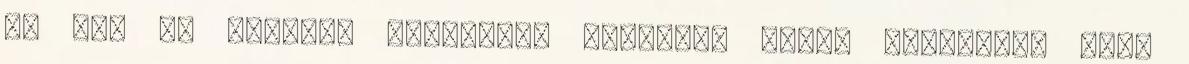
Az ügy az Európai Bíróságon landolt, amely kimondta, hogy